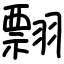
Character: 翲